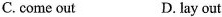
C. come out D. lay out